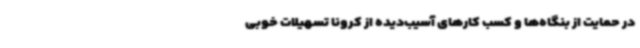
در حمایت از بنگاه‌ها و کسب کارهای آسیب‌دیده از کرونا تسهیلات خوبی